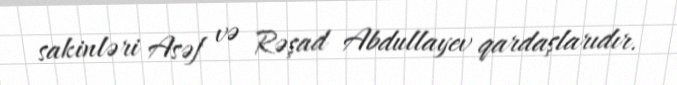
sakinləri Asəf və Rəşad Abdullayev qardaşlarıdır.